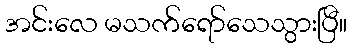
အင်းလေ မသက်ရော်သေသွားပြီ။